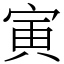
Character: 寅